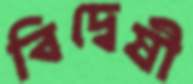
বিদ্বেষী